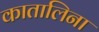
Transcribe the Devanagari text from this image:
कातालिना